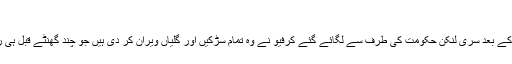
‘
وہ کہتے ہیں کہ دھماکوں کے بعد سری لنکن حکومت کی طرف سے لگائے گئے کرفیو نے وہ تمام سڑکیں اور گلیاں ویران کر دی ہیں جو چند گھنٹے قبل ہی رش سے بھری ہوئی تھیں۔